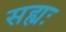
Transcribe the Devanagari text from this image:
सह्यः